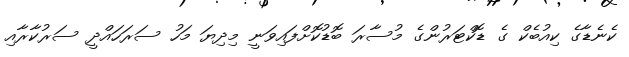
ކެނެޑާގެ ކިއުބެކް ގެ ޑޮކްޓަރުންގެ މުސާރަ ބޮޑުކޮށްފައިވަނީ މިދިޔަ މަހު ސަރަހައްދީ ސަރުކާރާއި